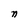
Character: n